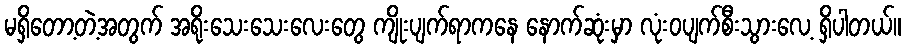
မရှိတော့တဲ့အတွက် အရိုးသေးသေးလေးတွေ ကျိုးပျက်ရာကနေ နောက်ဆုံးမှာ လုံးဝပျက်စီးသွားလေ့ ရှိပါတယ်။